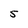
Character: 5